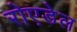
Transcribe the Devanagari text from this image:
रोएडेल